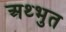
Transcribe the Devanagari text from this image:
अथ्भुत